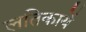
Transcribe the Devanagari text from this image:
लतिकायें